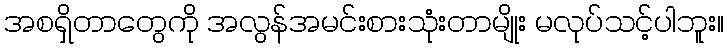
အစရှိတာတွေကို အလွန်အမင်းစားသုံးတာမျိုး မလုပ်သင့်ပါဘူး။